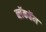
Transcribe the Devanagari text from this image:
ब्लॅकहॅम